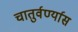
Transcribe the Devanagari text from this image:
चातुर्वर्ण्यास